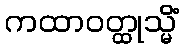
ကထာဝတ္ထုသ္မိံ